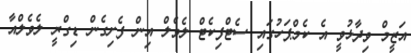
އަޒީމް ވިދާޅުވީ އެ ކެމްޕަހުގައި ސެޓްފިކެޓް ލެވެލް އިން ފެށިގެން ޑިގްރީ ލެވެލްއާ